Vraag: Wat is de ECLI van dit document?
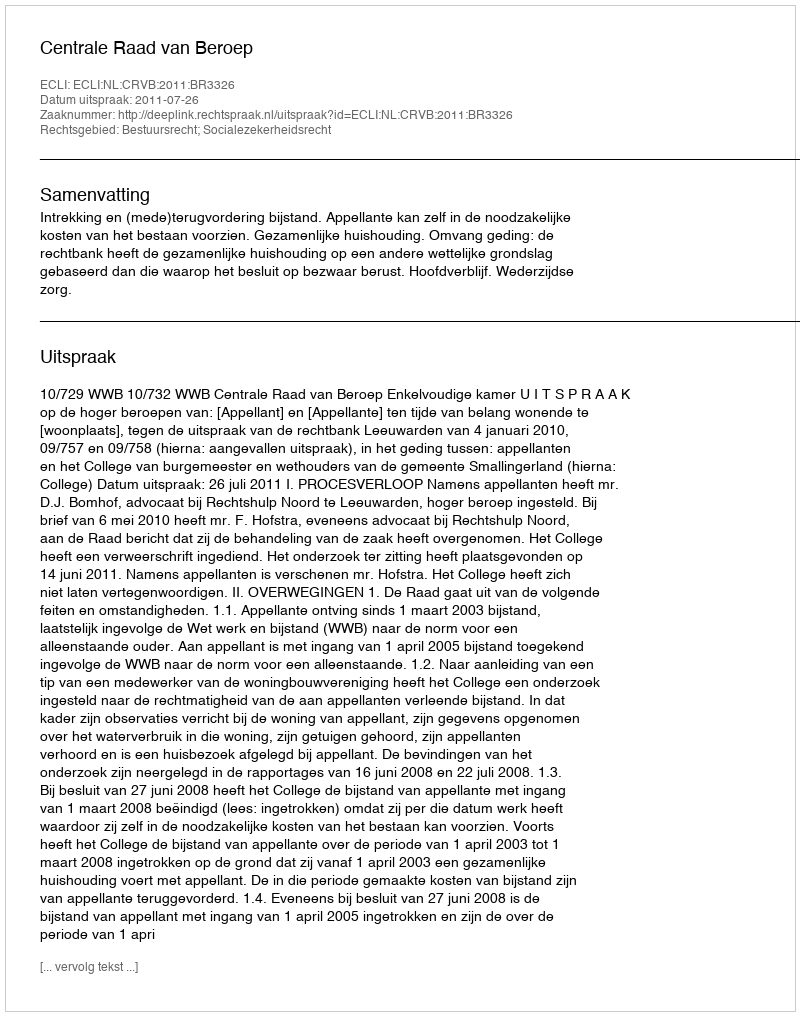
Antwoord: ECLI:NL:CRVB:2011:BR3326